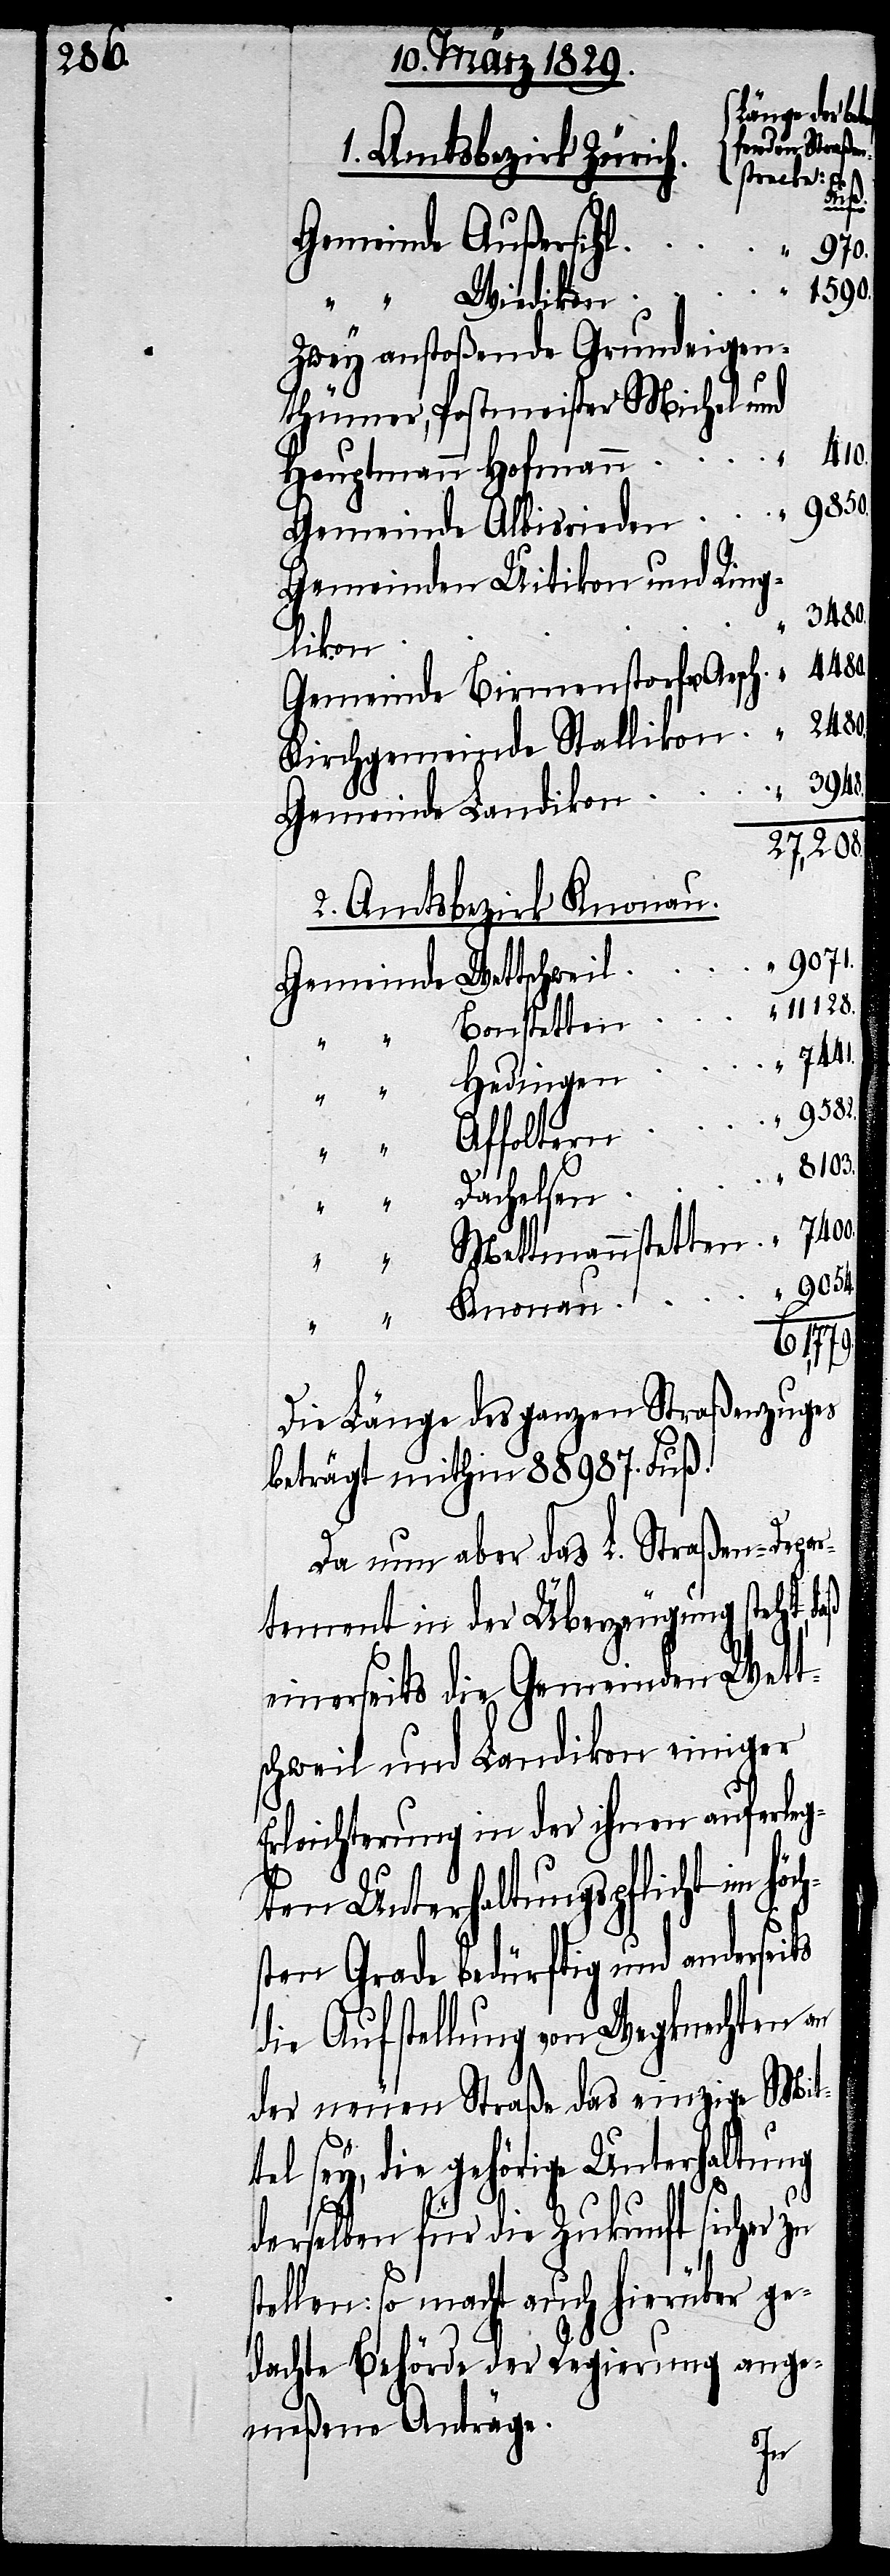
Länge der
fenden Straßen¬
1. Amtsbezirk Zürich.
strecke: Fuß
Knonau
Gemeinde Außersihl
“ 970.
1590.
“ “ Wiedikon
Zwey anstoßende Grundeigen¬
Postmeister Michel und
“ 410.
Hauptmann Hofmann
Gemeinde Albisrieden “ 9850.
Gemeinde Uitikon und Ring¬
3480.
likon
Gemeinde Birmenstorf u. Aesch “ 4480.
Kirchgemeinde Stallikon “ 2480.
Gemeinde Landikon
27,208.
2. Amtsbezirk Knonau.
“ 9071.
Gemeinde Wettschweil
11128.
Bonstetten
7441.
Hedingen
“ 9582.
“ “ Affoltern
8103.
“ “ Dachelsen
“ 7400.
“ “ Mettmannstetten
“ 9054.
thümer,
61,779.
Die Länge des ganzen Straßenzuges
beträgt mithin 88987. Fuß.
Da nun aber das L. Straßen-Depar¬
tement in der Überzeugung steht,
einerseits die Gemeinden Wett¬
schweil und Landikon einiger
Erleichterung in der ihnen auferleg¬
ten Unterhaltungspflicht im höc¬
sten Grade bedürftig und anderseits
die Aufstellung von Wegknechten an
der neuen Straße das einzige Mit¬
tel sey, die gehörige Unterhaltung
derselben für die Zukunft sicher zu
stellen: so macht auch hierüber ge¬
dachte Behörde der Regierung ange¬
meßene Anträge.
h¬